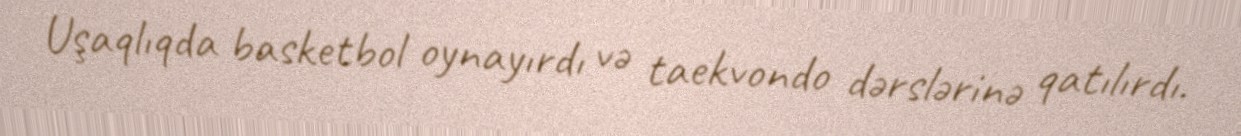
Uşaqlıqda basketbol oynayırdı və taekvondo dərslərinə qatılırdı.